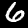
Label: 6